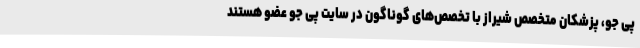
پی جو، پزشکان متخصص شیراز با تخصص‌های گوناگون در سایت پی جو عضو هستند